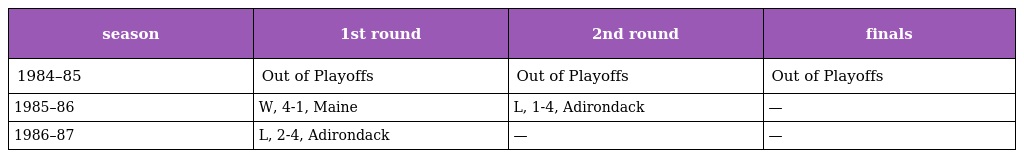
| season | 1st round | 2nd round | finals |
 | --- | --- | --- | --- |
 | 1984–85 | Out of Playoffs | Out of Playoffs | Out of Playoffs |
 | 1985–86 | W, 4-1, Maine | L, 1-4, Adirondack | — |
 | 1986–87 | L, 2-4, Adirondack | — | — |